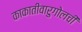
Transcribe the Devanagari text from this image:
काकातीवारुगोलची